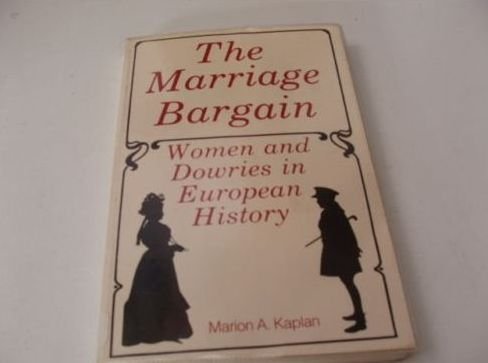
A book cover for The Marriage Bargain: Women and Dowries in European History; Marion A. Kaplan; Crafts, Hobbies & Home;